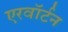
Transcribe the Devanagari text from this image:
एरवॉर्टन